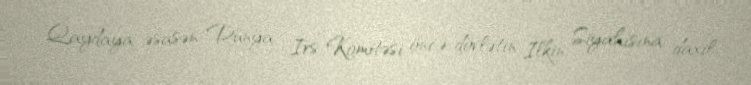
Qaydaya əsasən Dünya İrs Komitəsi öncə dövlətin İlkin Siyahısına daxil